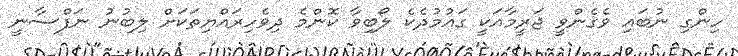
ހިންގި ނުބައި ވެގެންވީ ޖަރީމާއަކީ ގައުމުދެކެ ލޯބިވާ ކޮންމެ ދިވެހިރައްޔިތަކަށް ލިބުނު ނަފްސާނީ